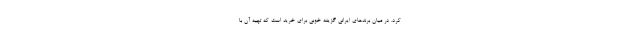
کرد. در میان برندهای ایرانی گزینه خوبی برای خرید است که تهیه آن با